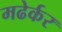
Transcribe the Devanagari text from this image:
मढेर्कर